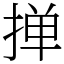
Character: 掸